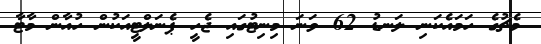
މެޗުގެ ހަމައެކަނި ލަނޑު 62 ވަނަ މިނިޓުގައި ޖެހީ ޕެނަލްޓީއަކުން ހުއާން މާޓާ